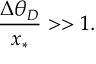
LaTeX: \frac { \Delta \theta _ { D } } { x _ { * } } > > 1 .